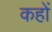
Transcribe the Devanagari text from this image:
कहों